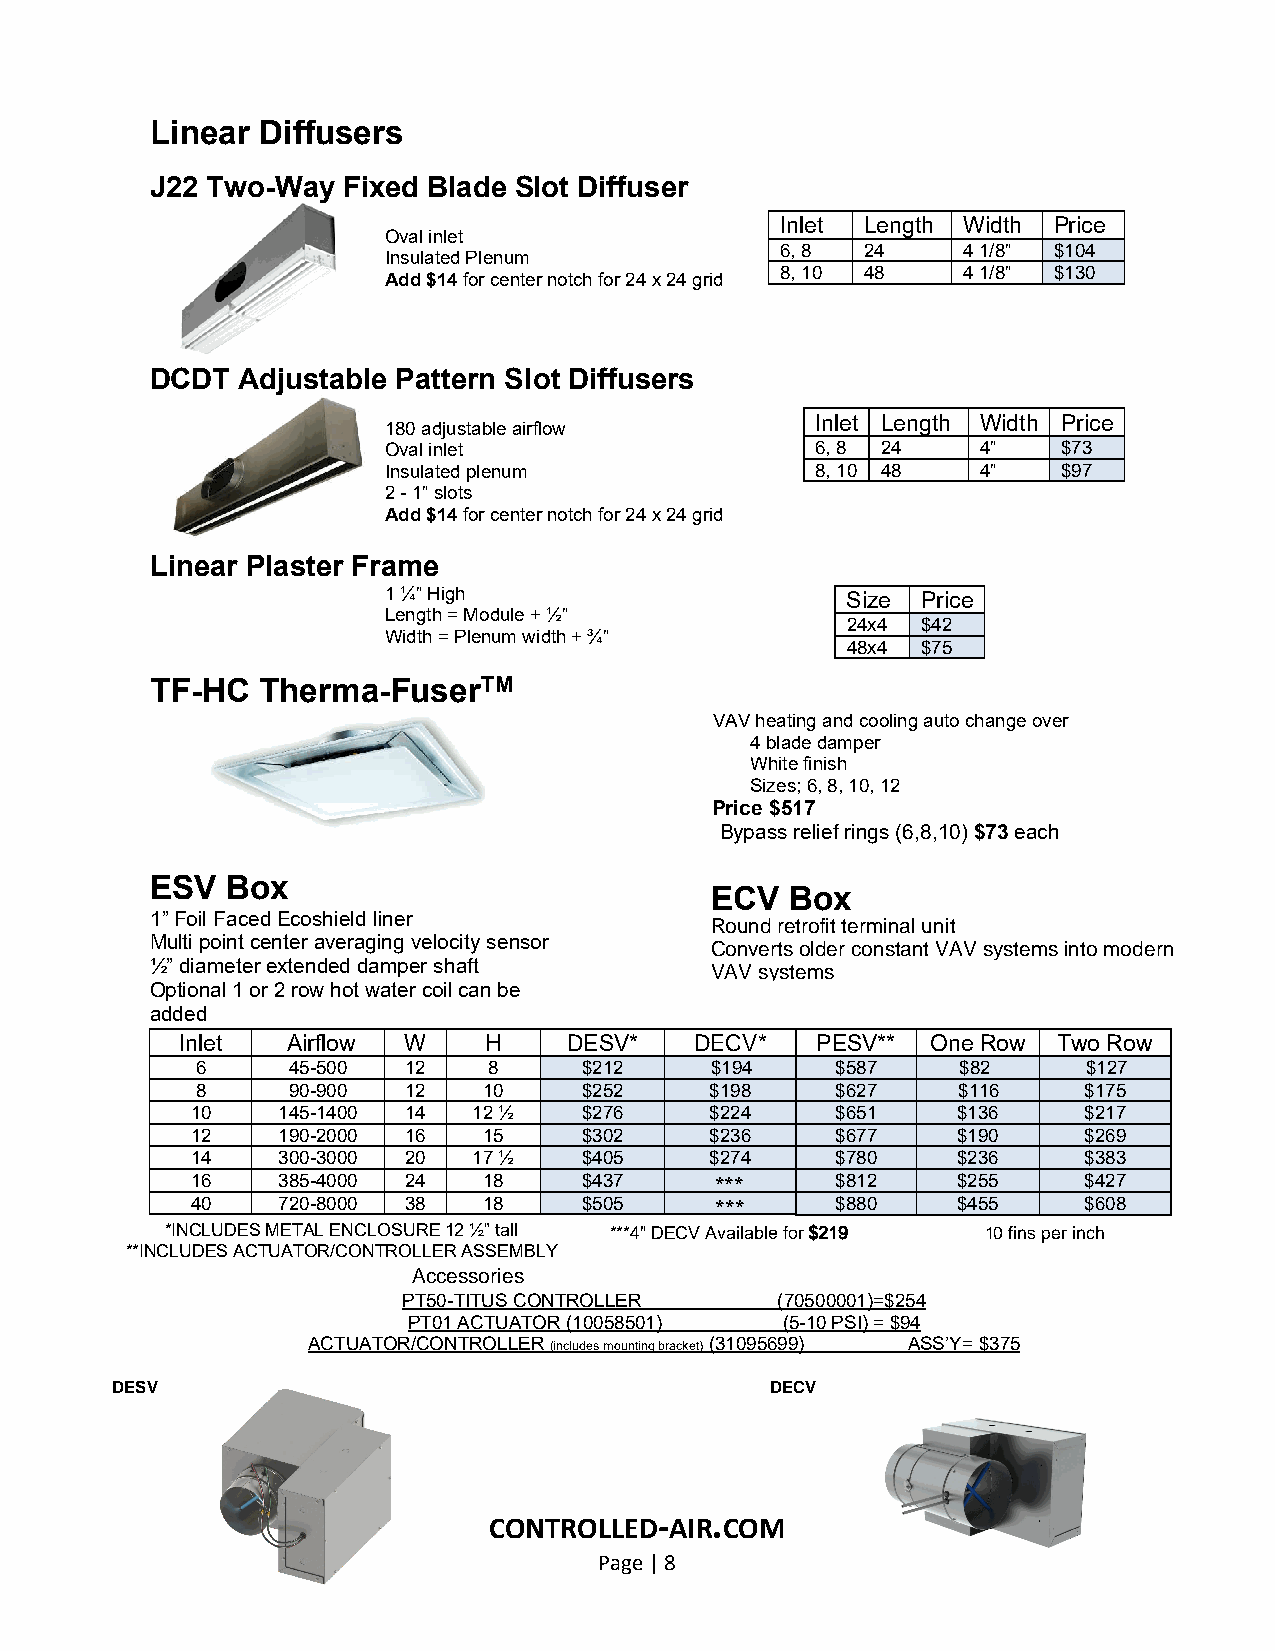
Linear Diffusers
 J22 Two-Way  Fixed Blade Slot Diffuser
 Inlet Length Width Price
 Oval inlet
 6, 8 24     4 1/8” $10 4
 Insulated Plenum
 8, 10 48    4 1/8” $13 0
 Add $14 for center notch for 24 x 24 grid
 DCDT  Adjustable Pattern Slot Diffusers
 Inlet Length Width Price
 180 adjustable airflow
 Oval inlet                   6, 8 24    4”   $73
 Insulated plenum             8, 10 48   4”   $97
 2 - 1” slots
 Add $14 for center notch for 24 x 24 grid
 Linear Plaster Frame
 1 ¼” High                      Size Price
 Length = Module + ½”
 24x4 $42
 Width = Plenum width + ¾”
 48x4 $75
 TF-HC  Therma-FuserTM
 VAVheating and cooling auto change over
 4 blade damper
 White finish
 Sizes; 6, 8, 10, 12
 Price $517
 Bypass relief rings (6,8,10)$73 each
 ESV  Box
 ECV  Box
 1”Foil FacedEcoshield liner
 Multi point center averaging velocity sensor
 ½” diameterextended damper shaft
 Optional 1 or 2 row hot water coil can be
 added
 Inlet  Airflow W    H     DESV*   DECV*   PESV**  One Row Two Row
 6     45-500  12   8      $212    $194    $587     $82     $127
 8     90-900  12   10     $252    $198    $627    $116     $175
 10   145-1400 14  12 ½    $276    $224    $651    $136     $217
 12   190-2000 16   15     $302    $236    $677    $190     $269
 14   300-3000 20  17 ½    $405    $274    $780    $236     $383
 16   385-4000 24   18     $437    ***     $812    $255     $427
 40   720-8000 38   18     $505    ***     $880    $455     $608
 *INCLUDES METAL ENCLOSURE12 ½” tall ***4" DECV Available for $219
 **INCLUDES ACTUATOR/CONTROLLER ASSEMBLY
 PT50-TITUS CONTROLLER   (70500001)=$254
 PT01 ACTUATOR (10058501) (5-10 PSI) = $94
 ACTUATOR/CONTROLLER (includes mounting bracket) (31095699) ASS’Y= $375
 CONTROLLED-AIR.COM
 Page | 8